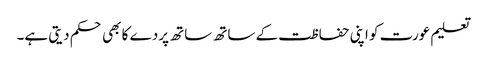
تعلیم عورت کو اپنی حفاظت کے ساتھ ساتھ پردے کا بھی حکم دیتی ہے۔